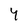
Character: 4